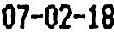
07-02-18